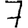
Digit: 7